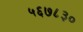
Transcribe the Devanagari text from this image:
५६७८३०